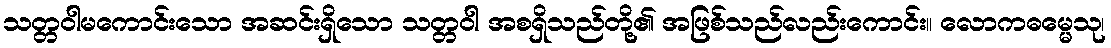
သတ္တဝါမကောင်းသော အဆင်းရှိသော သတ္တဝါ အစရှိသည်တို့၏ အဖြစ်သည်လည်းကောင်း။ လောကဓမ္မေသု၊